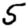
Digit: 5